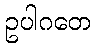
ဥပါဂတေ